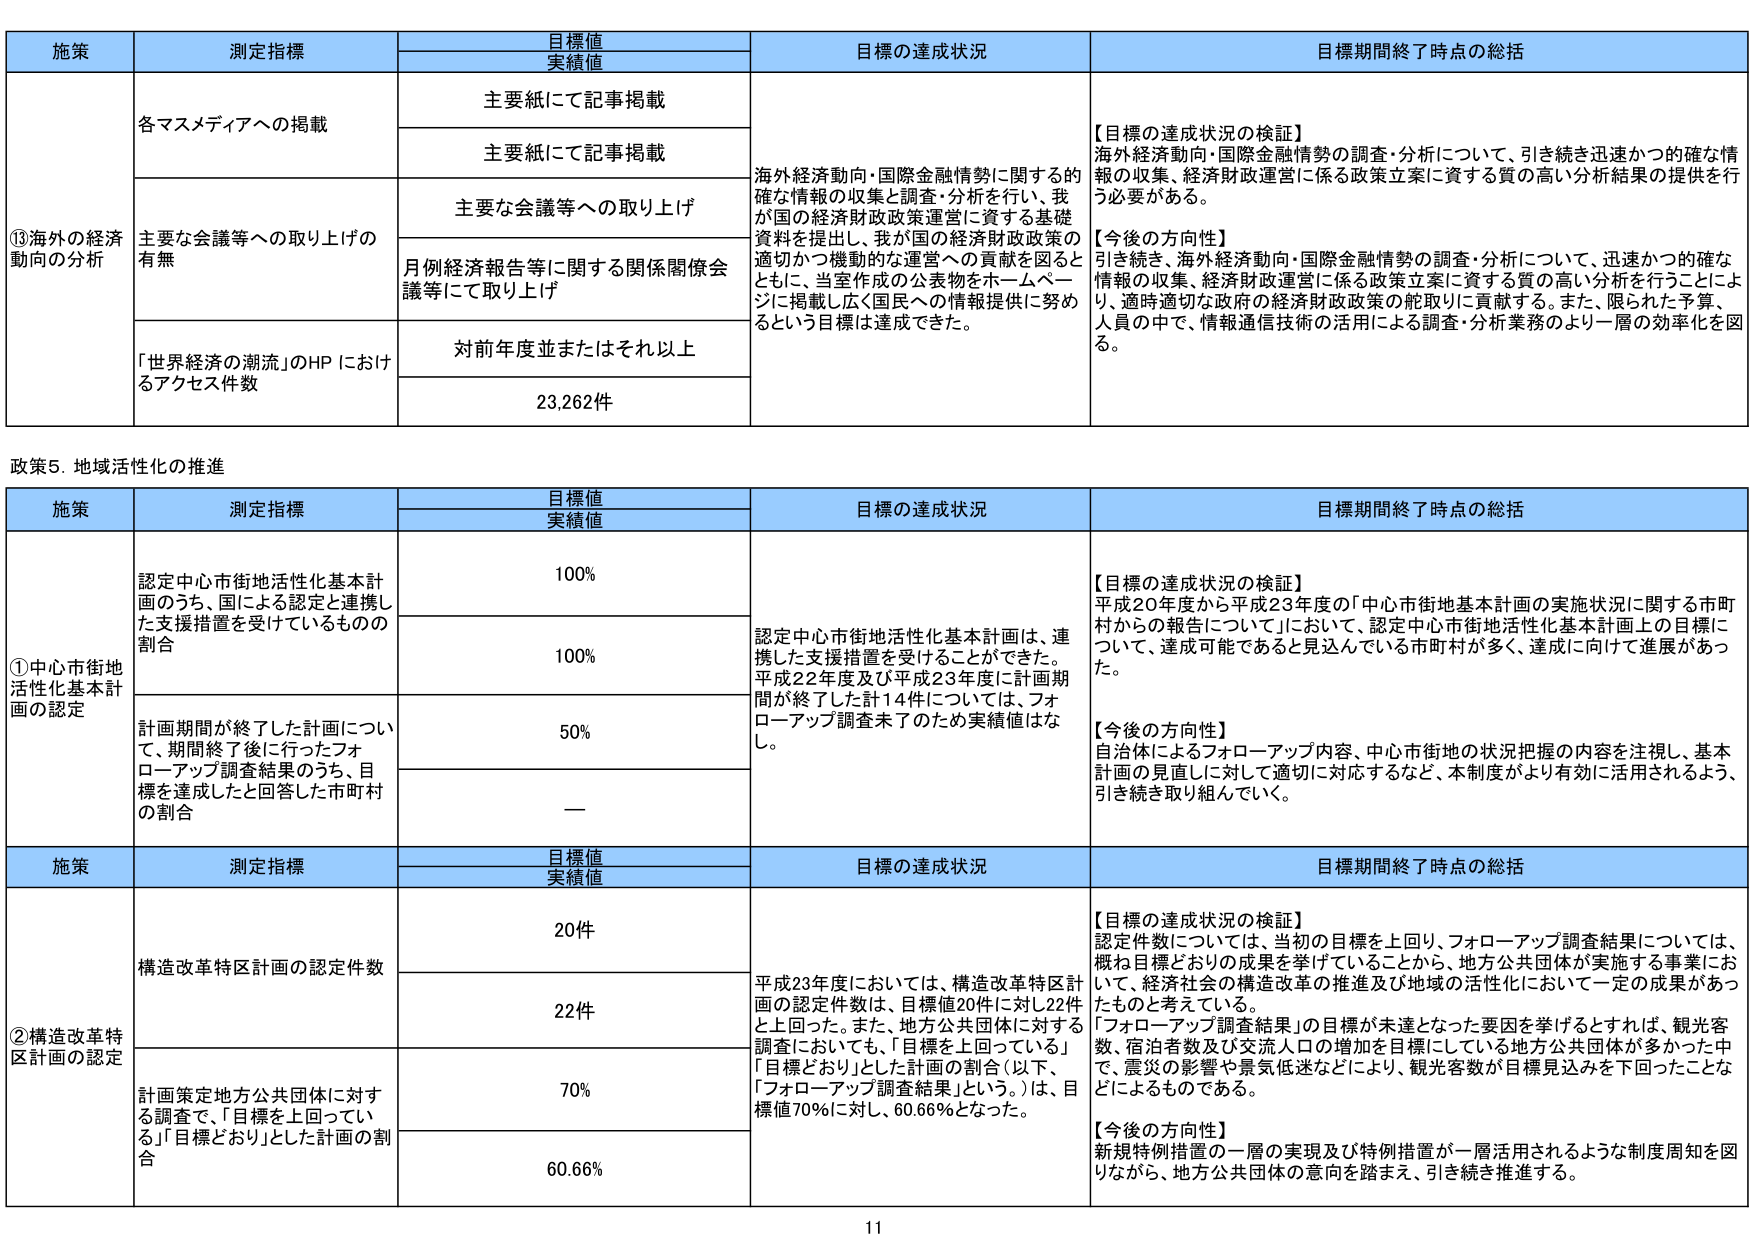
施策 測定指標 目標値 実績値 目標の達成状況 目標期間終了時点の総括
⑬海外の経済動向の分析 各マスメディアへの掲載 主要紙にて記事掲載 海外経済動向・国際金融情勢に関する的確な情報の収集・調査・分析を行い、我が国の経済財政政策運営に資する基礎資料を提出し、我が国の経済財政政策の適切かつ機動的な運営への貢献を図るとともに、当室作成の公表物をホームページに掲載し広く国民への情報提供に努めるという目標は達成できた。 【目標の達成状況の検証】 海外経済動向・国際金融情勢の調査・分析について、引き続き迅速かつ的確な情報の収集、経済財政運営に係る政策立案に資する質の高い分析結果の提供を行う必要がある。 【今後の方針】 引き続き、海外経済動向・国際金融情勢の調査・分析について、迅速かつ的確な情報の収集、経済財政運営に係る政策立案に資する質の高い分析を行うことにより、適時適切な政府の経済財政政策の舵取りに貢献する。また、限られた予算、人員の中で、情報通信技術の活用による調査・分析業務のより一層の効率化を図る。
主要紙にて記事掲載
主な会議等への取り上げ 主要な会議等への取り上げの有無
月例経済報告等に関する関係閣僚会議等にて取り上げ
「世界経済の潮流」のHPにおけるアクセス件数 対前年度並またはそれ以上
23,262件

政策5．地域活性化の推進
施策 測定指標 目標値 実績値 目標の達成状況 目標期間終了時点の総括
①中心市街地活性化基本計画の認定 認定中心市街地活性化基本計画のうち、国による認定と連携した支援措置を受けているものの割合 100% 認定中心市街地活性化基本計画は、連携した支援措置を受けることができた。平成22年度及び平成23年度に計画期間が終了した計14件については、フォローアップ調査未了のため実績値はなし。 【目標の達成状況の検証】 平成20年度から平成23年度の「中心市街地基本計画の実施状況に関する市町村からの報告について」において、認定中心市街地活性化基本計画上の目標について、達成可能であると見込んでいる市町村が多く、達成に向けて進展があった。 【今後の方針】 自治体によるフォローアップ内容、中心市街地の状況把握の内容を注視し、基本計画の見直しに対して適切に対応するなど、本制度がより有効に活用されるよう、引き続き取り組んでいく。
100%
計画期間が終了した計画について、期間終了後に行ったフォローアップ調査結果のうち、目標を達成したと回答した市町村の割合 50%
—

施策 測定指標 目標値 実績値 目標の達成状況 目標期間終了時点の総括
②構造改革特区計画の認定 構造改革特区計画の認定件数 20件 平成23年度においては、構造改革特区計画の認定件数は、目標値20件に対し22件と上回った。また、地方公共団体に対する調査においても、「目標を上回っている」「目標どおり」とした計画の割合（以下、「フォローアップ調査結果」という。）は、目標値70％に対し、60.66％となった。 【目標の達成状況の検証】 認定件数については、当初の目標を上回り、フォローアップ調査結果については、概ね目標どおりの成果を挙げていることから、地方公共団体が実施する事業において、経済社会の構造改革の推進及び地域の活性化において一定の成果があったものと考えている。 「フォローアップ調査結果」の目標が未達となった要因を挙げるとすれば、観光客数、宿泊者数及び交流人口の増加を目標にしている地方公共団体が多かった中で、震災の影響や景気低迷などにより、観光客数が目標見込みを下回ったことなどによるものである。 【今後の方針】 新規特例措置の一層の実現及び特例措置が一層活用されるような制度周知を図りながら、地方公共団体の意向を踏まえ、引き続き推進する。
22件
計画策定地方公共団体に対する調査で、「目標を上回っている」「目標どおり」とした計画の割合 70%
60.66%

11